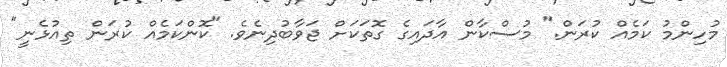
މުހިންމު ކަމެއް ކުރަން." މުސްކާން އާދައިގެ ގޮތަކަށް ޖަވާބުދިނެވެ. "ކޮންކަމެއް ކުރަން ތިއުޅެނީ"